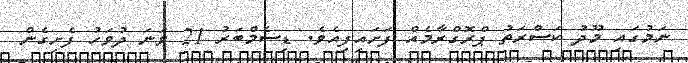
ނަމުގައި މޫދު ކަސްރަތު ޕްރޮގްރާމެއް ފަށައިފިއެވެ. ޑިސެމްބަރު 21 ވަނަ ދުވަހު ފެށިގެން